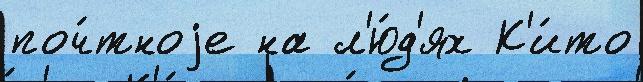
поч́тноjе на л'ю́д'ях К'и́то